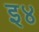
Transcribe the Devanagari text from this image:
इ४